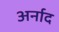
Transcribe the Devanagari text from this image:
अर्नाद